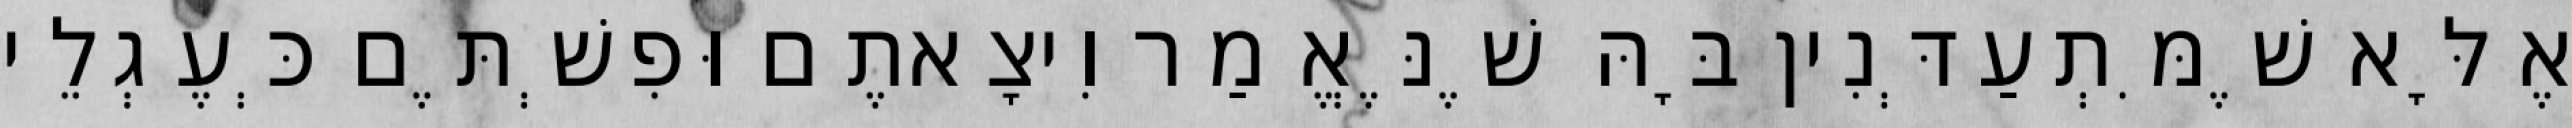
אֶלָּא שֶׁמִּתְעַדְּנִין בָּהּ שֶׁנֶּאֱמַר וִיצָאתֶם וּפִשְׁתֶּם כְּעֶגְלֵי